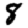
Digit: 8